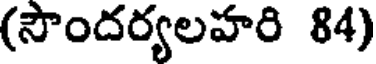
(సౌందర్యలహరి 84)